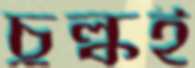
চুল্‌কই